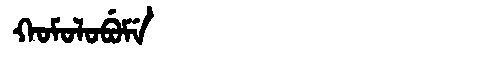
Manchu: ᡴᠣᠮᠣᠯᠣᠪᡠᠮᡝ
Romanization: KOMOLOBUME